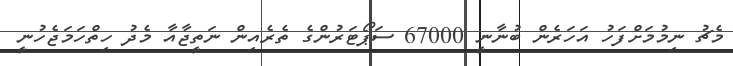
މެޗު ނިމުމަށްފަހު އަހަރެން ބުނާނީ 67000 ސަޕޯޓަރުންގެ ތެރެއިން ނަތީޖާއާ މެދު ހިތްހަމަޖެހުނީ